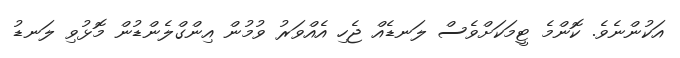
އަކުންނެވެ. ކޮންމެ ޓީމަކަށްވެސް ލަނޑެއް ޖެހި އެއްވަރު ވުމުން އިންގްލެންޑުން މޮޅުވި ލަނޑު